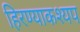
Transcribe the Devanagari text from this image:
हिरण्याकश्यप